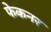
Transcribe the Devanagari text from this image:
फेकनर